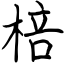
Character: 棓